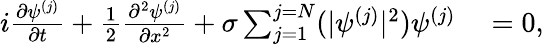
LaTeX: \begin{array}{rl}{i\frac{\partial\psi^{(j)}}{\partial t}+\frac{1}{2}\frac{\partial^{2}\psi^{(j)}}{\partial x^{2}}+\sigma\sum_{j=1}^{j=N}(|\psi^{(j)}|^{2})\psi^{(j)}}&{{}=0,}\end{array}